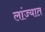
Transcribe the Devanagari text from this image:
लांज्यात